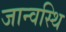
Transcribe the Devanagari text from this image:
जान्वस्थि